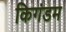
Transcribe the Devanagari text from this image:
किगंडम